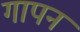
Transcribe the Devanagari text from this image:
गापन